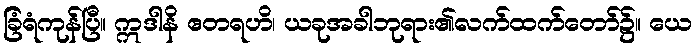
ခြံရံကုန်ပြီ။ ဣဒါနိ ဧတရဟိ၊ ယခုအခါဘုရား၏လက်ထက်တော်၌။ ယေ